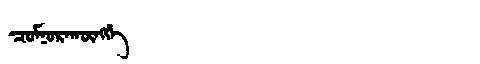
Manchu: ᠴᠣᠮᠨᠣᡵᠠᡴᡡᠩᡤᡝ
Romanization: COMNORAKŪNGGE